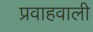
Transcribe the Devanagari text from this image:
प्रवाहवाली